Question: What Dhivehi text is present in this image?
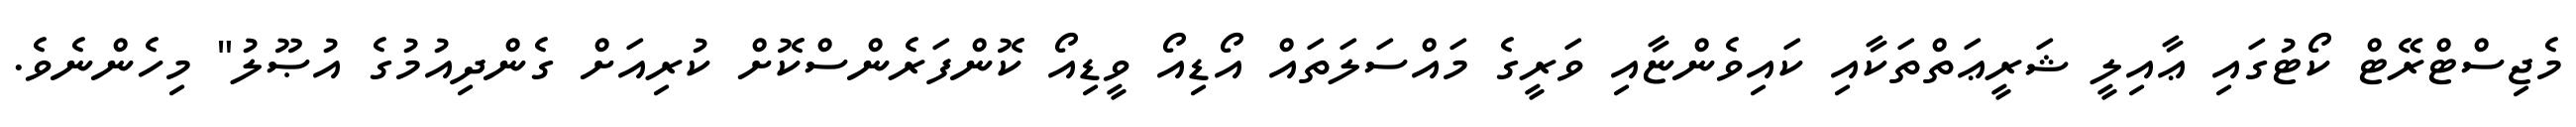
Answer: މެޖިސްޓްރޭޓް ކޯޓުގައި ޢާއިލީ ޝަރީޢަތްތަކާއި ކައިވެންޏާއި ވަރީގެ މައްސަލަތައް އޯޑިއޯ ވީޑިއޯ ކޮންފަރެންސްކޮށް ކުރިއަށް ގެންދިއުމުގެ އުޞޫލު" މިހެންނެވެ.